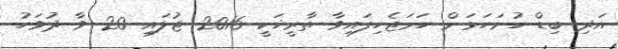
އަދި ބިޑް ހުށަހަޅަން ހަމަޖެހިފައިވާ ތާރީޚަކީ 2016 ޖުލައި 20 ވާ ދުވަހު